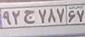
۹۲ج۷۸۷۶۷